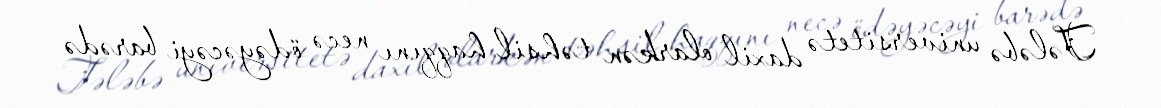
Tələbə universitetə daxil olarkən təhsil haqqını necə ödəyəcəyi barədə